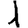
Digit: 1